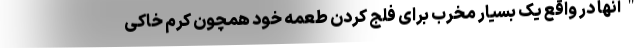
"آنها در واقع یک بسیار مخرب برای فلج کردن طعمه خود همچون کرم خاکی